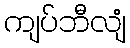
ကျပ်ဘီလျံ